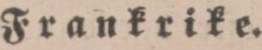
Frankrike.